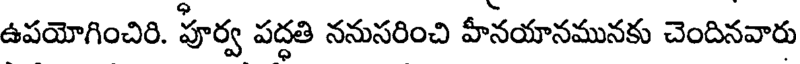
ఉపయోగించిరి. పూర్వ పద్ధతి ననుసరించి హీనయానమునకు చెందినవారు